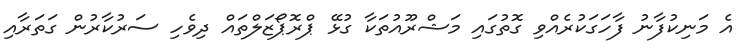
އެ މަނިކުފާނު ފާހަގަކުރެއްވި ގޮތުގައި މަޝްރޫއުތަކާ ގުޅޭ ޕްރޮޕޯޒަލްތައް ދިވެހި ސަރުކާރުން ގަތަރާއި